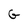
Character: G